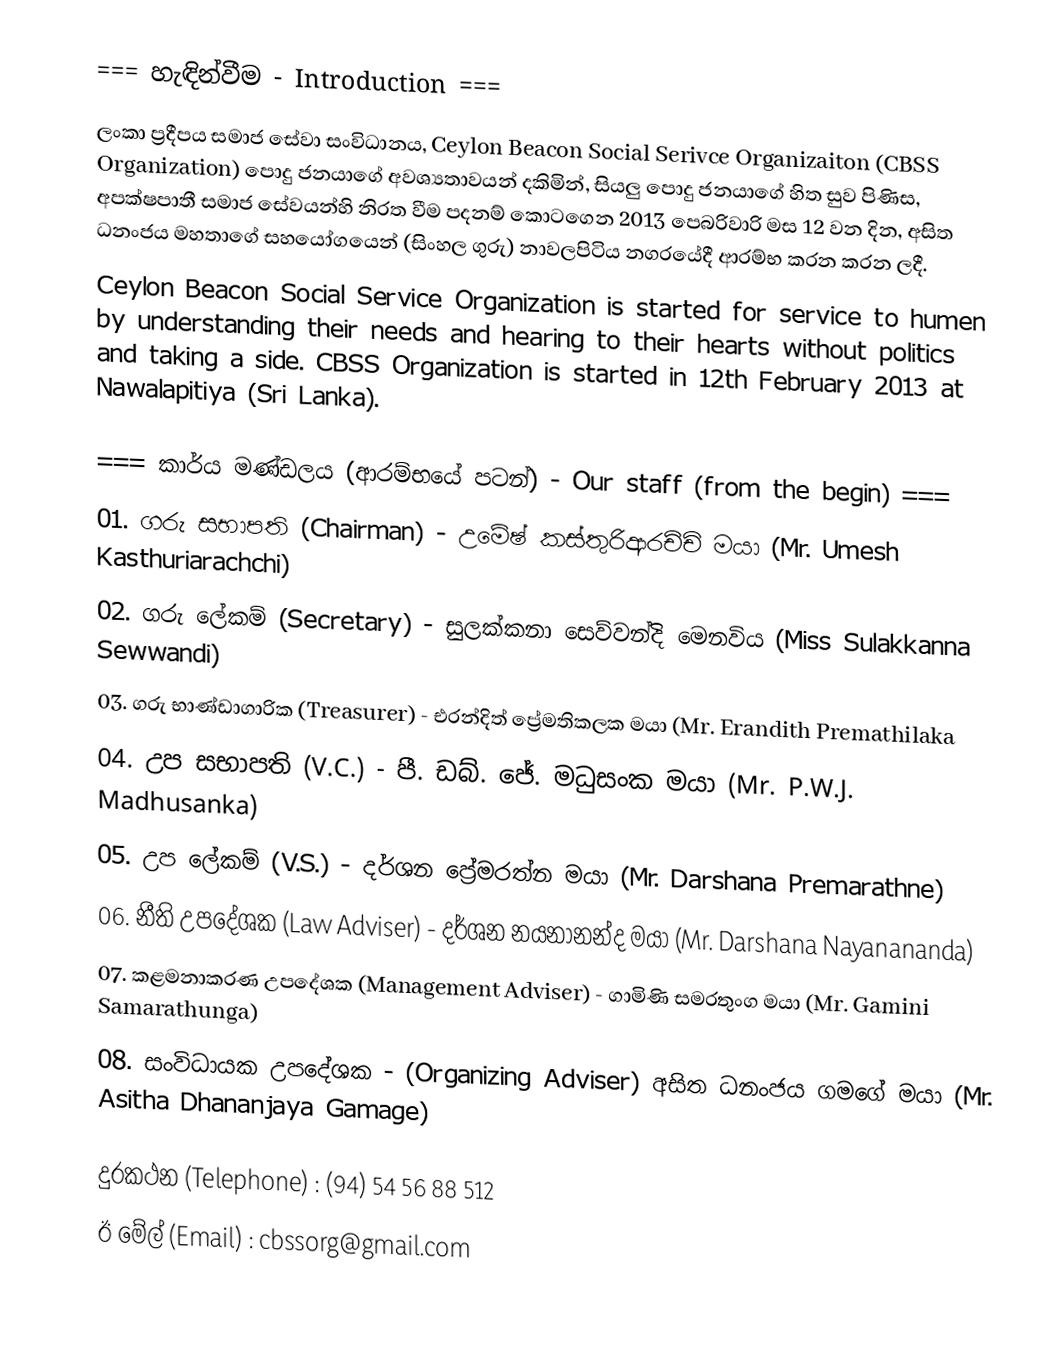
=== හැඳින්වීම - Introduction ===
ලංකා ප්‍රදීපය සමාජ සේවා සංවිධානය, Ceylon Beacon Social Serivce Organizaiton (CBSS Organization) පොදු ජනයාගේ අවශ්‍යතාවයන් දකිමින්, සියලු පොදු ජනයාගේ හිත සුව පිණිස, අපක්ෂපාතී සමාජ සේවයන්හි නිරත වීම පදනම් කොටගෙන 2013 පෙබරිවාරි මස 12 වන දින, අසිත ධනංජය මහතාගේ සහයෝගයෙන් (සිංහල ගුරු)  නාවලපිටිය නගරයේදී ආරම්භ කරන කරන ලදී.
Ceylon Beacon Social Service Organization is started for service to humen by understanding their needs and hearing to their hearts without politics and taking a side. CBSS Organization is started in 12th February 2013 at Nawalapitiya (Sri Lanka).

=== කාර්ය මණ්ඩලය (ආරම්භයේ පටන්) - Our staff (from the begin) ===
01. ගරු සභාපති (Chairman) - උමේෂ් කස්තුරිආරච්චි මයා (Mr. Umesh Kasthuriarachchi)
02. ගරු ලේකම් (Secretary) - සුලක්කනා සෙව්වන්දි මෙනවිය (Miss Sulakkanna Sewwandi)
03. ගරු  භාණ්ඩාගාරික (Treasurer) - එරන්දිත් ප්‍රේමතිකලක මයා (Mr. Erandith Premathilaka
04. උප සභාපති (V.C.) - පී. ඩබ්. ජේ. මධුසංක මයා (Mr. P.W.J. Madhusanka)
05. උප ලේකම් (V.S.) - දර්ශන ප්‍රේමරත්න මයා (Mr. Darshana Premarathne)
06. නීති උපදේශක (Law Adviser) - දර්ශන නයනානන්ද මයා (Mr. Darshana Nayanananda)
07. කළමනාකරණ උපදේශක (Management Adviser) - ගාමිණි සමරතුංග මයා (Mr. Gamini Samarathunga)
08. සංවිධායක උපදේශක - (Organizing Adviser) අසිත ධනංජය ගමගේ මයා (Mr. Asitha Dhananjaya Gamage)

දුරකථන (Telephone) : (94) 54 56 88 512
ඊ මේල් (Email) : cbssorg@gmail.com